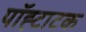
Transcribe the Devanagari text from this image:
पॉह्टाटक